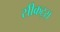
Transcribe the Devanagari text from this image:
सीक्रट्स